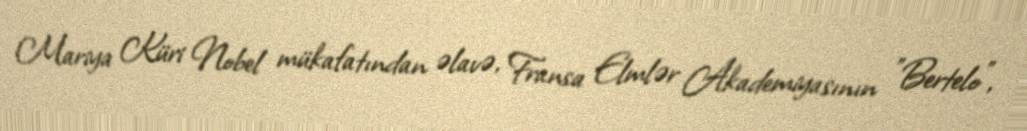
Mariya Küri Nobel mükafatından əlavə, Fransa Elmlər Akademiyasının "Bertelo",